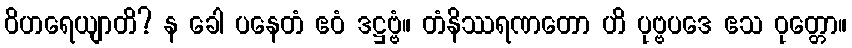
ဝိဟရေယျာတိ? န ခေါ ပနေတံ ဧဝံ ဒဋ္ဌဗ္ဗံ။ တံနိဿရဏတော ဟိ ပုဗ္ဗပဒေ ဧသ ဝုတ္တော။